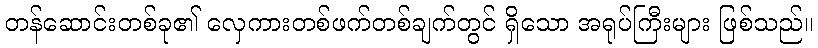
တန်ဆောင်းတစ်ခု၏ လှေကားတစ်ဖက်တစ်ချက်တွင် ရှိသော အရုပ်ကြီးများ ဖြစ်သည်။